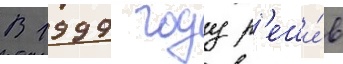
В 1999 году р'еши́в